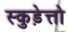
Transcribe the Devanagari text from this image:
स्कुड़ेत्तो